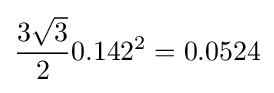
{\frac {3{\sqrt {3}}}{2}}0.142^{2}=0.0524